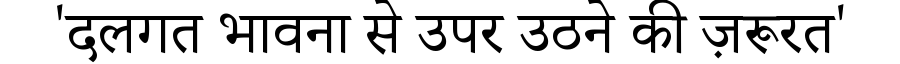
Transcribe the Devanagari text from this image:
'दलगत भावना से उपर उठने की ज़रूरत'